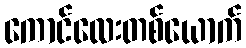
ကောင်လေးတစ်ယောက်